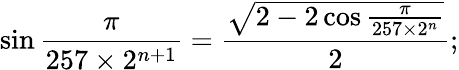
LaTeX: \sin{\frac{\pi}{257\times 2^{n+1}}}={\frac{\sqrt{2-2\cos{\frac{\pi}{257\times 2^{n}}}}}{2}};